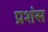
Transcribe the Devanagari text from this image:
प्रशंस